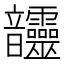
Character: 𩑊